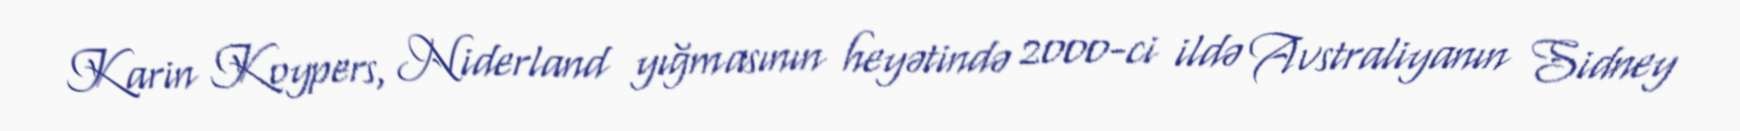
Karin Koypers, Niderland yığmasının heyətində 2000-ci ildə Avstraliyanın Sidney